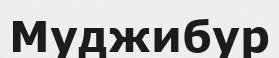
Муджибур